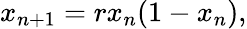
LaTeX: x_{n+1}=rx_{n}(1-x_{n}),